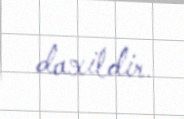
daxildir.